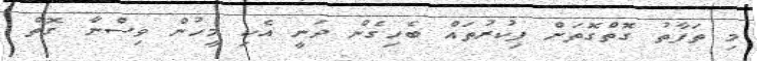
މި ތަފާތު ގޮތްގޮތަށް ފިކުރުތައް ބެހިގެން ދަނީ އެކި މީހުން ވިސްނާ ގޮތް